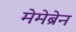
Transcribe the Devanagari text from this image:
मेमेब्रेन